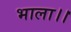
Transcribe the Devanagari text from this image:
भाला।।